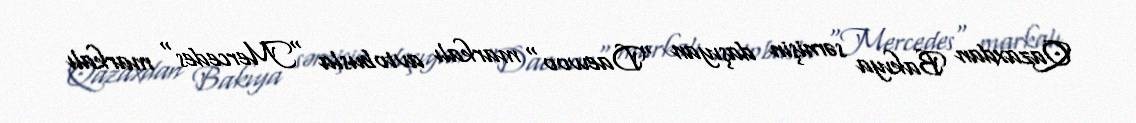
Qazaxdan Bakıya sərnişin daşıyan "Daewoo" markalı avtobusla "Mercedes" markalı